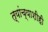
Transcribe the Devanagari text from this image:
त्यांच्याशीही